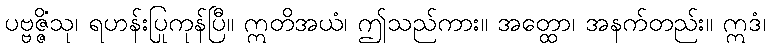
ပဗ္ဗဇ္ဇိံသု၊ ရဟန်းပြုကုန်ပြီ။ ဣတိအယံ၊ ဤသည်ကား။ အတ္ထော၊ အနက်တည်း။ ဣဒံ၊